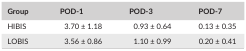
<table><thead><tr><td><b>Group</b></td><td><b>POD‐1</b></td><td><b>POD‐3</b></td><td><b>POD‐7</b></td></tr></thead><tbody><tr><td>HIBIS</td><td>3.70 ± 1.18</td><td>0.93 ± 0.64</td><td>0.13 ± 0.35</td></tr><tr><td>LOBIS</td><td>3.56 ± 0.86</td><td>1.10 ± 0.99</td><td>0.20 ± 0.41</td></tr></tbody></table>